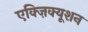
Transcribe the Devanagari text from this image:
एक्ज़िक्यूशन